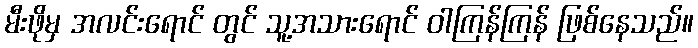
မီးဖိုမှ အလင်းရောင် တွင် သူ့အသားရောင် ဝါကြန်ကြန် ဖြစ်နေသည်။